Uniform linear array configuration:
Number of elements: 48
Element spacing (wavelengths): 0.5
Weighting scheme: blackman
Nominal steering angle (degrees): -30
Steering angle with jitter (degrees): -31.948
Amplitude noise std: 0.05
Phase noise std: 0.05

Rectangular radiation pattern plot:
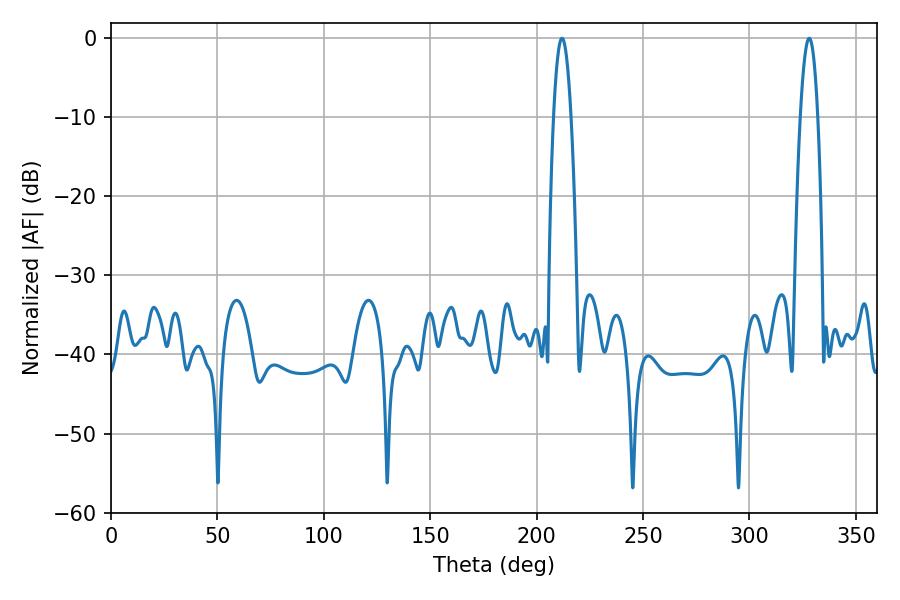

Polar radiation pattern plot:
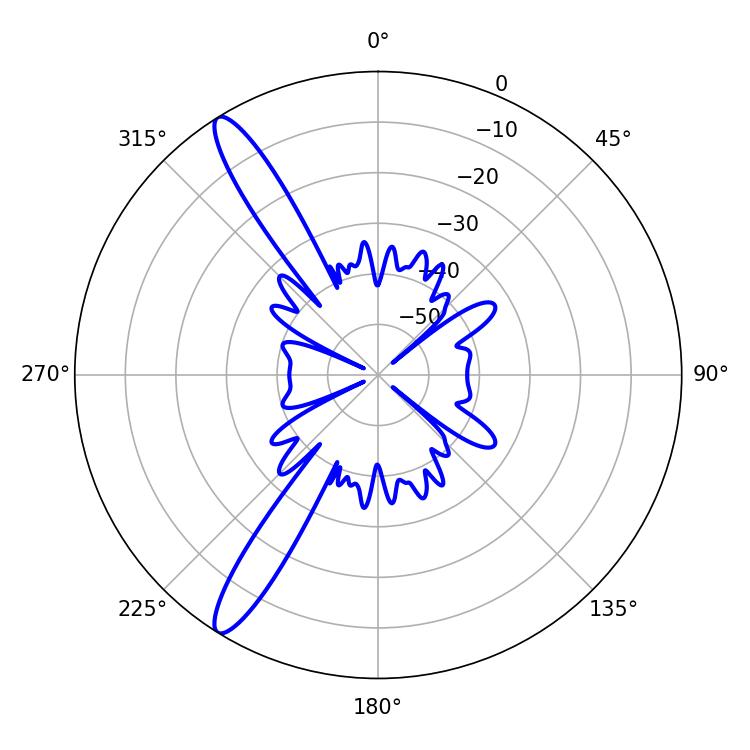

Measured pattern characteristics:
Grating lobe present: FALSE
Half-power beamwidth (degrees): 4.5
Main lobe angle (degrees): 328.14